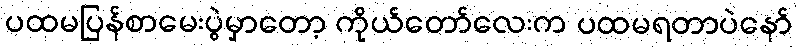
ပထမပြန်စာမေးပွဲမှာတော့ ကိုယ်တော်လေးက ပထမရတာပဲနော်